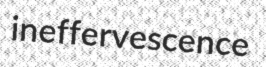
ineffervescence